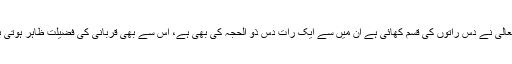
اللہ تعالی نے دس راتوں کی قسم کھائی ہے ان میں سے ایک رات دس ذو الحجہ کی بھی ہے، اس سے بھی قربانی کی فضیلت ظاہر ہوتی ہے ۔